Lunatic asylums in Bengal annual reports 1888-1898 - 1888-1898
Year: 1888
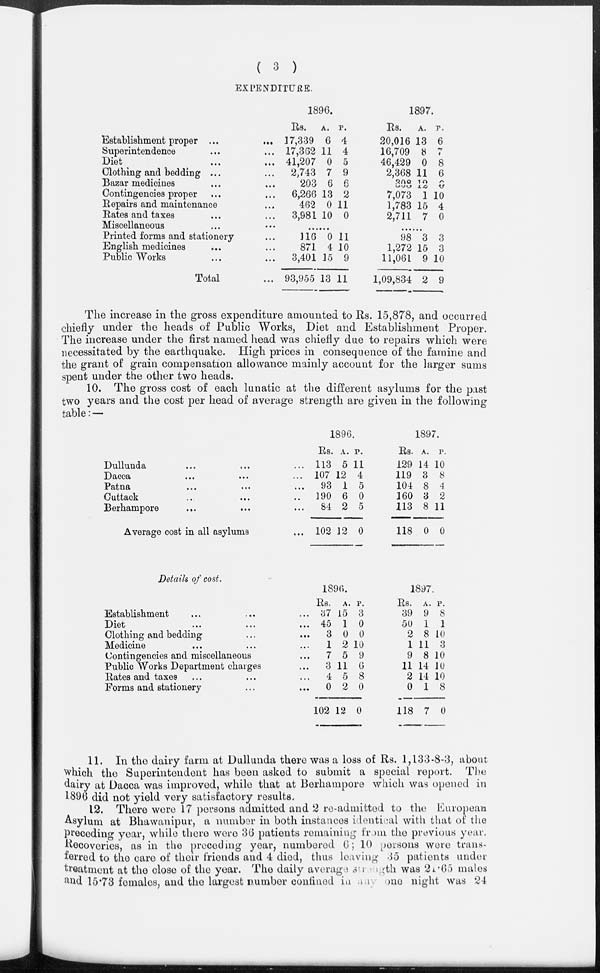
( 3 )
EXPENDITURE.
Establishment proper ... ...
Superintendence ... ...
Diet
...
...
Clothing and bedding ... ...
Bazar medicines ... ...
Contingencies proper ... ...
Repairs and maintenance ...
Rates and taxes ... ...
Miscellaneous ... ...
Printed forms and stationery ...
English medicines ... ...
Public Works ... ...
Total ...
1896.
Rs.
17,339
17,362
41,207
2,743
203
6,266
462
3,981
A.
6
11
0
7
6
13
0
10
P.
4
4
5
9
6
2
11
0
......
116
871
3,401
93,955
0
4
15
13
11
10
9
11
1897.
Rs.
20,016
16,709
46,429
2,368
308
7,073
1,783
2,711
A.
13
8
0
11
12
1
15
7
P.
6
7
8
6
0
10
4
0
......
98
1,272
11,061
1,09,834
3
15
9
2
3
3
10
9
The increase in the gross expenditure amounted to Rs. 15,878, and occurred
chiefly under the heads of Public Works, Diet and Establishment Proper.
The increase under the first named head was chiefly due to repairs which were
necessitated by the earthquake. High prices in consequence of the famine and
the grant of grain compensation allowance mainly account for the larger sums
spent under the other two heads.
10. The gross cost of each lunatic at the different asylums for the past
two years and the cost per head of average strength are given in the following
table: —
Dullunda ... ... ...
Dacca
...
...
...
Patna ... ... ...
Cuttack ... ... ...
Berhampore ... ... ...
Average cost in all asylums ...
1896.
Rs.
113
107
93
190
84
102
A.
5
12
1
6
2
12
P.
11
4
5
0
5
0
1897.
Rs.
129
119
104
160
113
118
A.
14
3
8
3
8
0
P.
10
8
4
2
11
0
Details of cost.
Establishment ... ... ...
Diet ... ... ...
Clothing and bedding ... ...
Medicine ... ... ...
Contingencies and miscellaneous ...
Public Works Department charges ...
Rates and taxes ... ... ...
Forms and stationery ... ...
1896.
Rs.
37
45
3
1
7
3
4
0
102
A.
15
1
0
2
5
11
5
2
12
P.
3
0
0
10
9
6
8
0
0
1897.
Rs.
39
50
2
1
9
11
2
0
118
A.
9
1
8
11
8
14
14
1
7
P.
8
1
10
3
10
10
10
8
0
11. In the dairy farm at Dullunda there was a loss of Rs. 1,133-8-3, about
which the Superintendent has been asked to submit a special report. The
dairy at Dacca was improved, while that at Berhampore which was opened in
1896 did not yield very satisfactory results.
12. There were 17 persons admitted and 2 re-admitted to the European
Asylum at Bhawanipur, a number in both instances identical with that of the
preceding year, while there were 36 patients remaining from the previous year.
Recoveries, as in the preceding year, numbered 6 ; 10 persons were trans-
ferred to the care of their friends and 4 died, thus leaving 35 patients under
treatment at the close of the year. The daily average strength was 21.65 males
and 15.73 females, and the largest number confined in
any
one night was 24